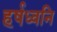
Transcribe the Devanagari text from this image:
हर्षध्वनि